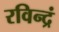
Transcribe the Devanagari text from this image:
रविन्द्रं